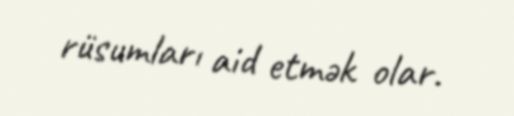
rüsumları aid etmək olar.